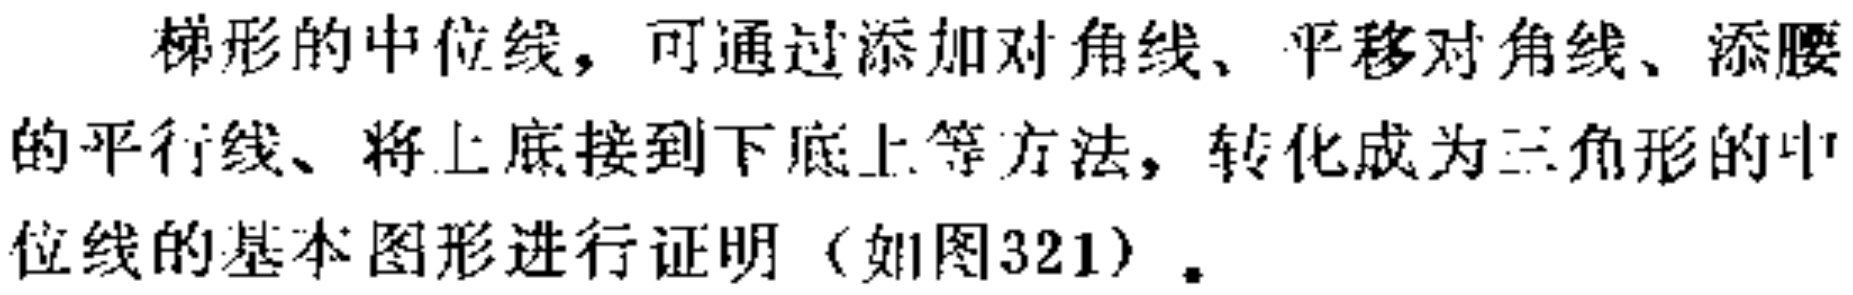
梯形的中位线，可通过添加对角线、平移对角线、添腰的平行线、将上底接到下底上等方法，转化成为三角形的中位线的基本图形进行证明（如图321）.